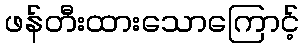
ဖန်တီးထားသောကြောင့်